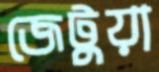
জেটুয়া